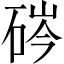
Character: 硶